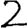
Digit: 2